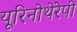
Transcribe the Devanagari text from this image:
यूरिनोथेरेपी